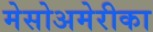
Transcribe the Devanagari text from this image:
मेसोअमेरीका